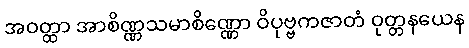
အဝတ္ထာ အာစိဏ္ဏသမာစိဏ္ဏော ဝိပုဗ္ဗကဇာတံ ဝုတ္တနယေန